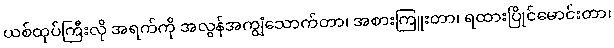
ယစ်ထုပ်ကြီးလို အရက်ကို အလွန်အကျွံသောက်တာ၊ အစားကြူးတာ၊ ရထားပြိုင်မောင်းတာ၊